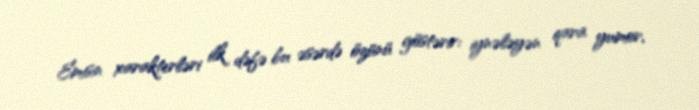
Emisin xarakterləri ilk dəfə bu əsərdə özünü göstərir: iynələyən qara yumor,